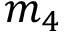
m _ { 4 }